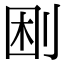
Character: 𠜠